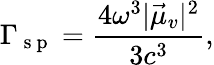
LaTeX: \Gamma_{\mathrm{~s~p~}}=\frac{4\omega^{3}|\vec{\mu}_{v}|^{2}}{3c^{3}},